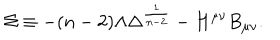
\Sigma \equiv - ( n - 2 ) \Lambda \Delta ^ { \frac { 1 } { n - 2 } } - H ^ { \mu \nu } B _ { \mu \nu } .